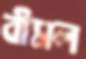
বীমল